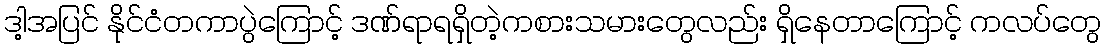
ဒါ့အပြင် နိုင်ငံတကာပွဲကြောင့် ဒဏ်ရာရရှိတဲ့ကစားသမားတွေလည်း ရှိနေတာကြောင့် ကလပ်တွေ